system: You are a helpful assistant.
user:
Analyze the provided spectrum to determine if it is a **S-type Star**.

- **Key Indicators for S-type Star:**

    - **(Overall Spectrum Shape):** The first and most obvious characteristic is the overall continuum (the "baseline" shape). It is **extremely "red-sloping,"** meaning the flux (light intensity) is very low on the left side (blue, ~4000-4500 Å) and rises steeply and continuously toward the right side (red, ~7000 Å+).

    - **(Primary):** The spectrum is defined by the presence of strong, broad molecular absorption "valleys" (bands) from **Zirconium Oxide (ZrO)**. The identification of these bands is the **primary requirement** for classifying a star as S-type.
        - **(Key Bandheads):** You must find distinct, deep "dips" where the light has been absorbed. The most critical band systems to locate are:
            - **~6474 Å** ($\gamma$-system): This is often the strongest and clearest ZrO feature, found in the red part of the spectrum.
            - **~5718 Å** & **~5551 Å** ($\beta$-system): A pair of prominent absorption features in the yellow-orange part of the spectrum.
            - **~4640 Å** ($\alpha$-system): A key absorption band system in the blue-green region of the spectrum.

    - **(Secondary Confirmation):** The classification is strengthened by finding additional absorption bands from other related heavy element oxides, which are expected to be present alongside ZrO.
        - **(Key Bandheads):**
            - **Yttrium Oxide (YO):** Look for absorption dips near **~4800 Å** and **~6100 Å**.
            - **Lanthanum Oxide (LaO):** Additional absorption features, particularly in the red-orange part of the spectrum, are also characteristic.

    - **(Line Profile):** The combination of the steep red continuum and these numerous, deep molecular bands (ZrO, YO, etc.) gives the entire spectrum a very **"chopped-up"** or **"bumpy"** appearance. Instead of a smooth curve, the spectrum looks as though large, wide chunks of light have been "carved out" of it at the specific wavelengths listed above.

Think first, call **spectral_visualization_tool** if needed to examine features in detail, then provide your final answer. Your response must adhere to the following strict rules:
1.  **Overall Structure:** Your response must follow the format `<think>...</think> <tool_call>...</tool_call> (if a tool is used) <answer>...</answer>`.
2.  **Tool Usage Constraint:** You may only make **one** tool call per turn.
3.  **Final Answer Format:** In the `<answer>` tag, your conclusion must be inside a `\boxed{}` command (e.g., `\boxed{YES}` or `\boxed{NO}`), followed by your justification.

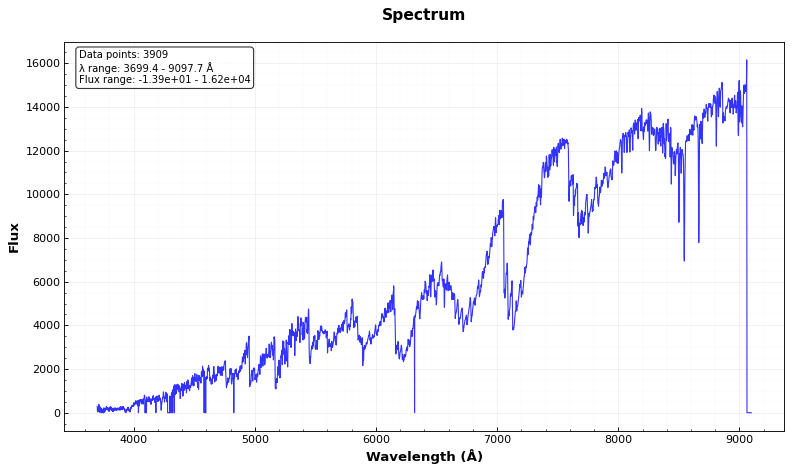
Answer: YES